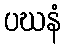
ပဃနံ